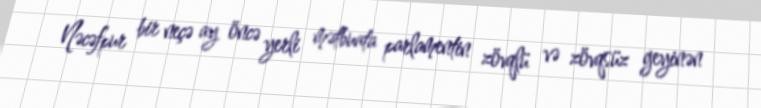
Nəcəfpur bir neçə ay öncə yerli mətbuata parlamentin zövqlü və zövqsüz geyinən